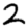
Digit: 2